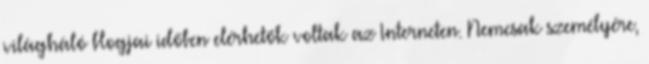
világháló blogjai időben elérhetők voltak az Interneten. Nemcsak személyére,